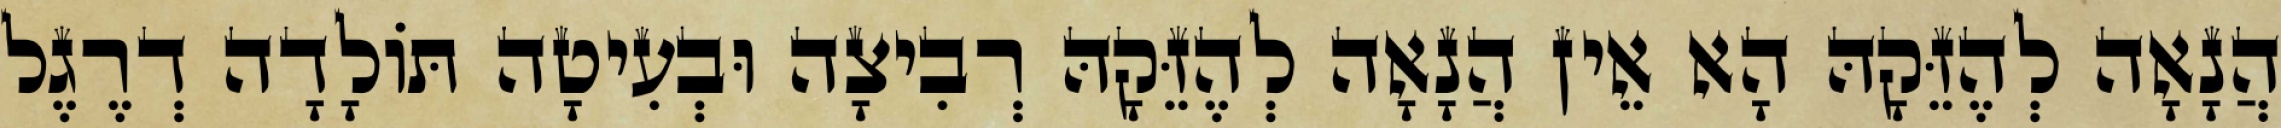
הֲנָאָה לְהֶזֵּקָהּ הָא אֵין הֲנָאָה לְהֶזֵּקָהּ רְבִיצָה וּבְעִיטָה תּוֹלָדָה דְרֶגֶל